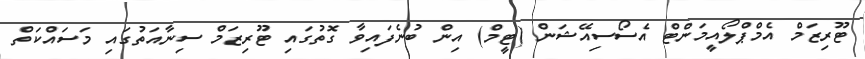
ޓޫރިޒަމް އެމްޕްލޯއީމަންޓް އެސޯސިއޭޝަން (ޓީމް) އިން ބުނެފައިވާ ގޮތުގައި ޓޫރިޒަމް ސިނާއަތުގައި މަސައްކަތް